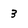
Character: 3